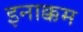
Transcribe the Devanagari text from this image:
इनाक्कम